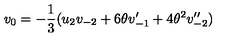
v _ { { 0 } } = - \frac { 1 } { 3 } ( u _ { 2 } v _ { - 2 } + 6 \theta v _ { - 1 } ^ { \prime } + 4 { \theta } ^ { 2 } v _ { - 2 } ^ { \prime \prime } )